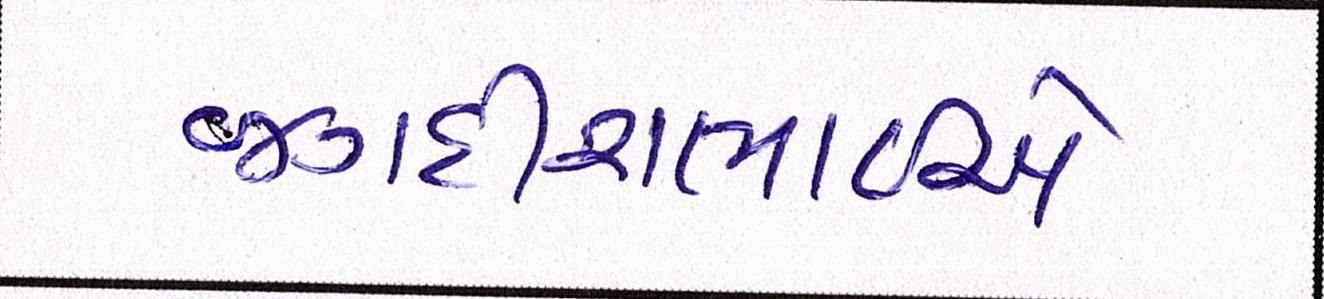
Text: જગદીશભાઇએ